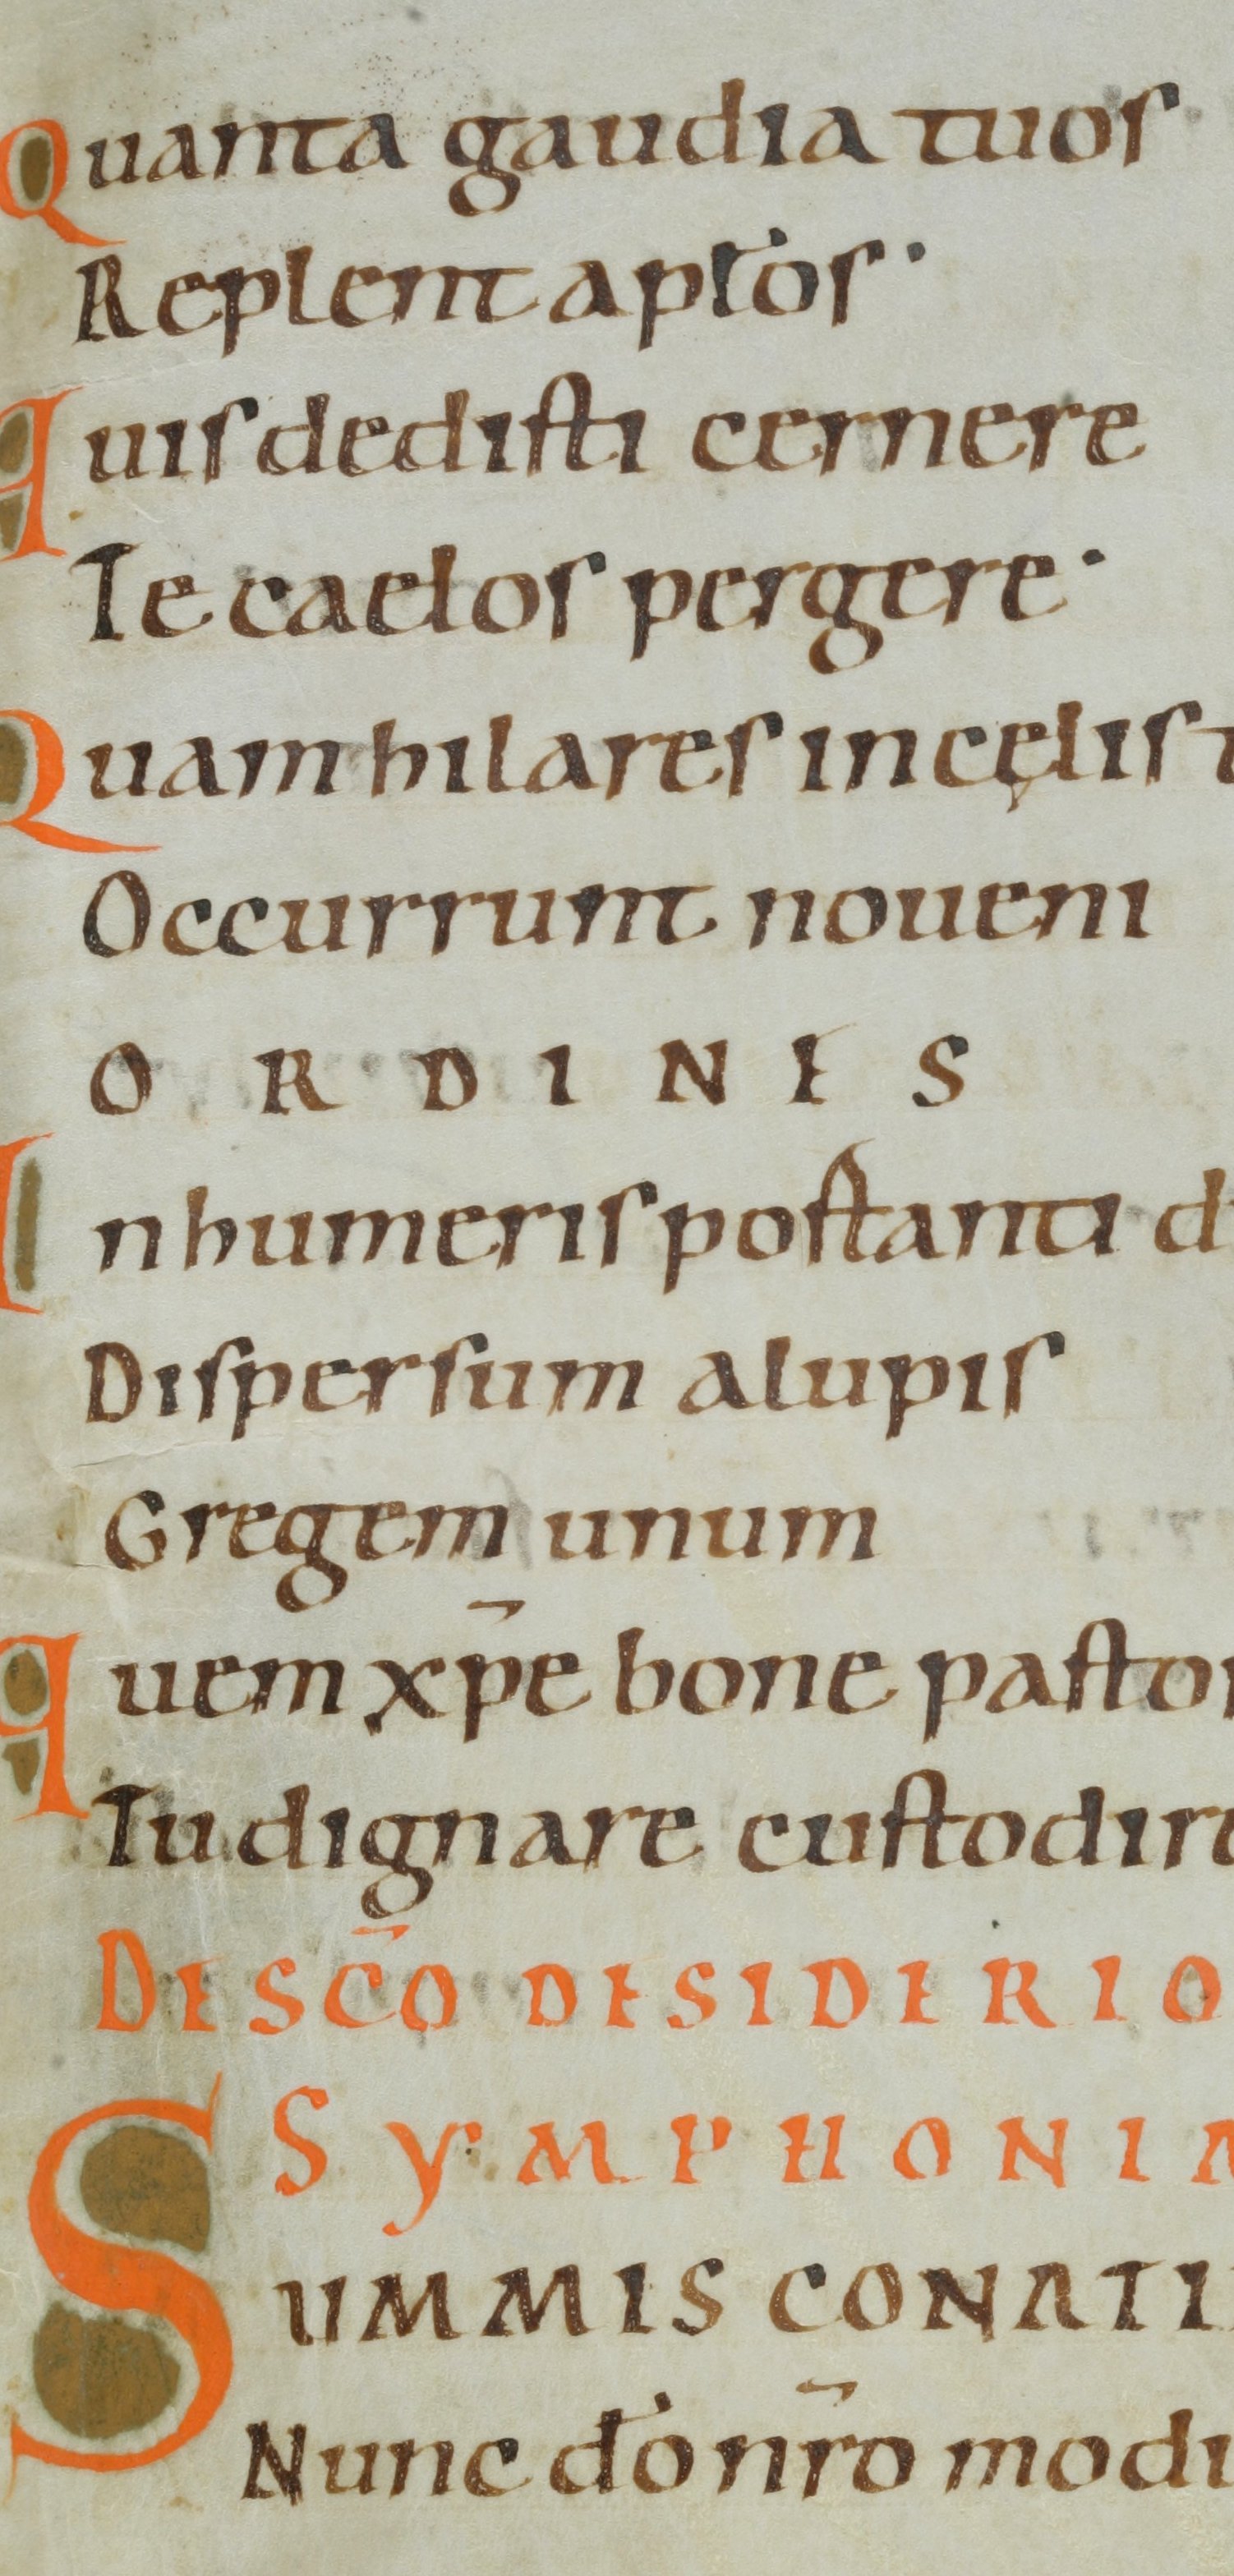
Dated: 1000–1099